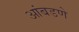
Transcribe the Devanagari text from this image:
आंबडणे